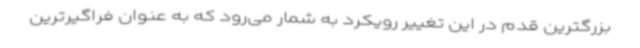
بزرگترین قدم در این تغییر رویکرد به شمار می‌رود که به عنوان فراگیرترین